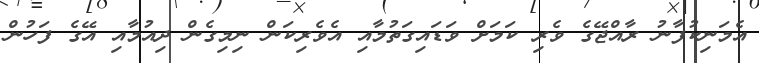
އެމަނިކުފާނު ރާއްޖޭގެ ވެރި ކަމަށް ވަޑައިގަތުމާއި އެވެރިކަން ނިމިގެން ދިއުމާއި އޭގެ ފަހުން